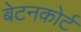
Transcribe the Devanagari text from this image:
बेटनकोर्ट